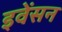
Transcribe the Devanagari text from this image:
इवेंसन